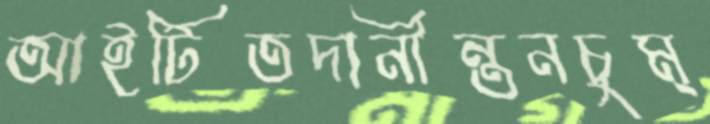
আইটিতদানীন্তনচুম্